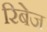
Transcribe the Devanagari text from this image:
रिबेज